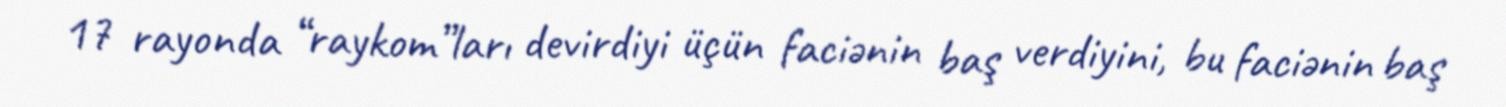
17 rayonda “raykom”ları devirdiyi üçün faciənin baş verdiyini, bu faciənin baş